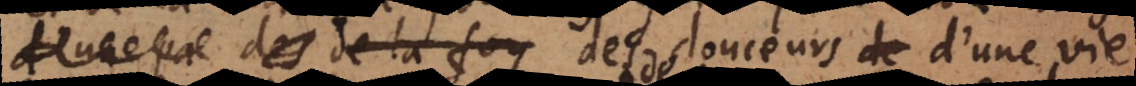
pa des de la foy des douceurs d’une vie